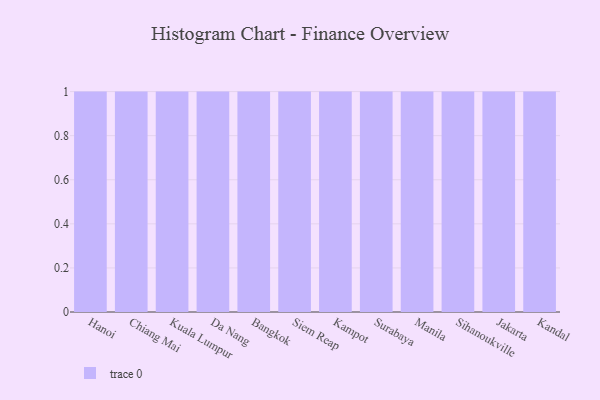
{"axis": {"x": "City", "y": "Budget (USD K)"}, "legend": [""], "data": [{"x": "Hanoi", "y": 4, "type": ""}, {"x": "Chiang Mai", "y": 82, "type": ""}, {"x": "Kuala Lumpur", "y": 73, "type": ""}, {"x": "Da Nang", "y": 45, "type": ""}, {"x": "Bangkok", "y": 96, "type": ""}, {"x": "Siem Reap", "y": 71, "type": ""}, {"x": "Kampot", "y": 16, "type": ""}, {"x": "Surabaya", "y": 43, "type": ""}, {"x": "Manila", "y": 99, "type": ""}, {"x": "Sihanoukville", "y": 33, "type": ""}, {"x": "Jakarta", "y": 24, "type": ""}, {"x": "Kandal", "y": 92, "type": ""}]}